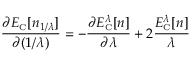
\frac { \partial E _ { \scriptscriptstyle \mathrm { C } } [ n _ { 1 / \lambda } ] } { \partial ( 1 / \lambda ) } = - \frac { \partial E _ { \scriptscriptstyle \mathrm { C } } ^ { \lambda } [ n ] } { \partial \lambda } + 2 \frac { E _ { \scriptscriptstyle \mathrm { C } } ^ { \lambda } [ n ] } { \lambda }